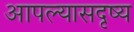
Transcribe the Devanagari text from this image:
आपल्यासदृष्य